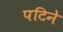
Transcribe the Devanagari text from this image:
पटिने